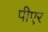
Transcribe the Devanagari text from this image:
पीएर